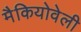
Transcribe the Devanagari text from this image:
मैकियोवेली